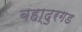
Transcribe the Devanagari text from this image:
बहा्दुरगड